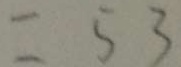
= 5 3